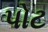
પોટ